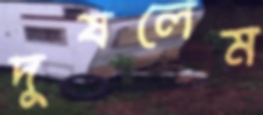
দুষলেম